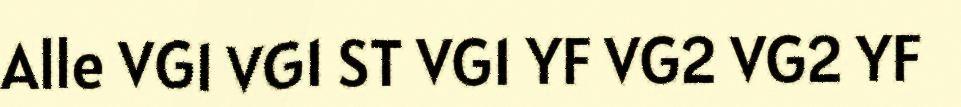
Alle VG1 VG1 ST VG1 YF VG2 VG2 YF